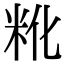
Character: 𬖒